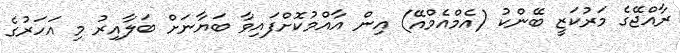
ރާއްޖޭގެ މަރުކަޒީ ބޭންކު (އެމްއެމްއޭ) އިން އާއްމުކޮށްފައިވާ ބަޔާނަށް ބަލާއިރު މި އަހަރުގެ